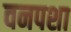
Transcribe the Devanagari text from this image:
वनपशा